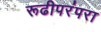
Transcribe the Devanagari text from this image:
रूढीपरंपरा